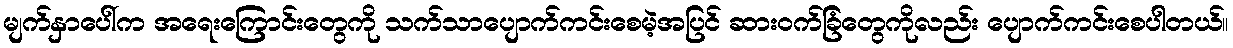
မျက်နှာပေါ်က အရေးကြောင်းတွေကို သက်သာပျောက်ကင်းစေမဲ့အပြင် ဆားဝက်ခြံတွေကိုလည်း ပျောက်ကင်းစေပါတယ်။